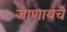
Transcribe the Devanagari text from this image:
जाणायचे